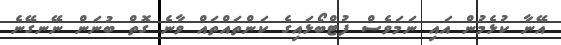
އޭނާ ކުޅެމުން އައި ނަމަވެސް ފުޓްބޯޅައިގެ ކަންތައްތައް ވާނެ ގޮތް ބުނަން ނޭނގޭނެ